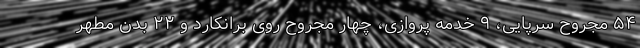
۵۴ مجروح سرپایی، ۹ خدمه پروازی، چهار مجروح روی برانکارد و ۲۲ بدن مطهر